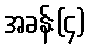
အခန်း(၄)